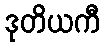
ဒုတိယကီ